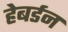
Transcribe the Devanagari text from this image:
हेबर्डन